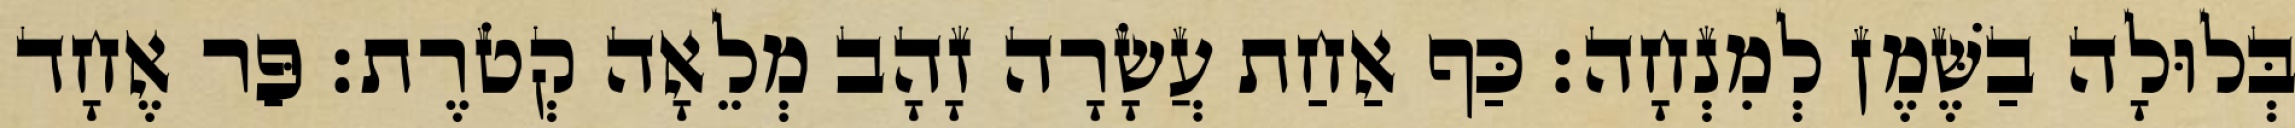
בְּלוּלָה בַשֶּׁמֶן לְמִנְחָה׃ כַּף אַחַת עֲשָׂרָה זָהָב מְלֵאָה קְטֹרֶת׃ פַּר אֶחָד